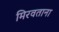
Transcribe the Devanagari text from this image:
मिरवताना